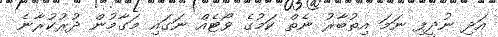
އަދި ނުދީފި ނަމަ އިތުބާރު ނެތް ކަމުގެ ވޯޓެއް ނަގައި މަގާމުން ދުރުކުރާނެ